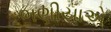
ભણીયાએ